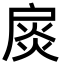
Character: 扊